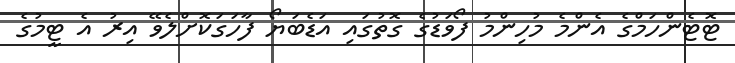
ޓޮޓެންހަމްގެ އެންމެ މުހިންމު ފޯވަޑުގެ ގޮތުގައި އަޑެބަޔޯ ފާހަގަކޮށްލެވޭ އިރު އެ ޓީމުގެ